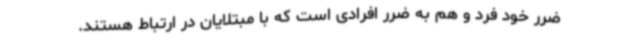
ضرر خود فرد و هم به ضرر افرادی است که با مبتلایان در ارتباط هستند.